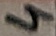
Text: 4